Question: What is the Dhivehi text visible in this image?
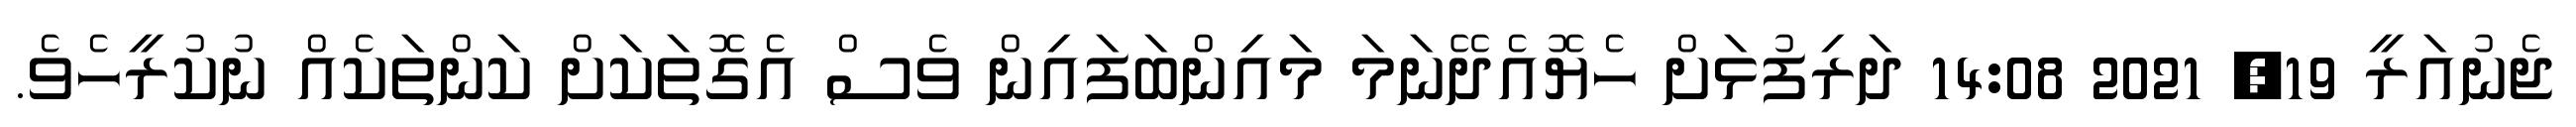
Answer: ޖެނުއަރީ 19, 2021 14:08 ދަރިފުޅަށް ހެޔޮއެދޭނަމަ މައިންބަފައިން ވެސް އެގޮތަކަށް ކަންތަކެއް ނުކުރީހެވެ.